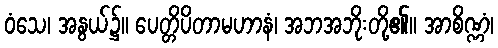
ဝံသေ၊ အနွယ်၌။ ပေတ္တိပိတာမဟာနံ၊ အဘအဘိုးတို့၏။ အာစိဏ္ဏံ၊